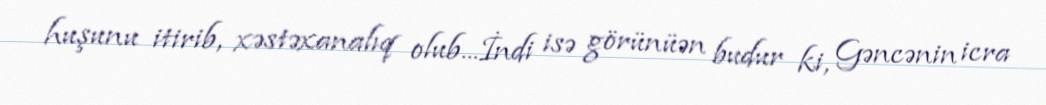
huşunu itirib, xəstəxanalıq olub...İndi isə görünüən budur ki, Gəncənin icra